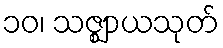
၁၀၊ သဇ္ဈာယသုတ်